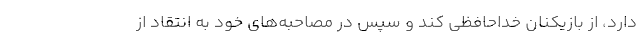
دارد، از بازیکنان خداحافظی کند و سپس در مصاحبه‌های خود به انتقاد از